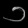
Digit: ၁